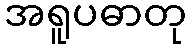
အရူပဓာတု